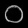
Digit: ၀